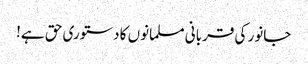
جانور کی قربانی مسلمانوں کا دستوری حق ہے!